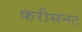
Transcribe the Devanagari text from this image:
करीसनट